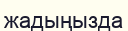
жадыңызда